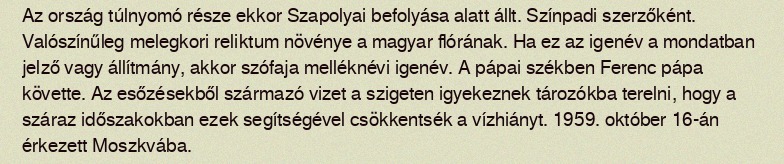
Az ország túlnyomó része ekkor Szapolyai befolyása alatt állt. Színpadi szerzőként. Valószínűleg melegkori reliktum növénye a magyar flórának. Ha ez az igenév a mondatban jelző vagy állítmány, akkor szófaja melléknévi igenév. A pápai székben Ferenc pápa követte. Az esőzésekből származó vizet a szigeten igyekeznek tározókba terelni, hogy a száraz időszakokban ezek segítségével csökkentsék a vízhiányt. 1959. október 16-án érkezett Moszkvába.